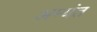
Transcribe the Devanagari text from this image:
अम्यंत